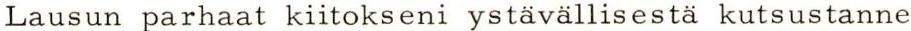
Lausun parhaat kiitokseni ystävällisestä kutsustanne